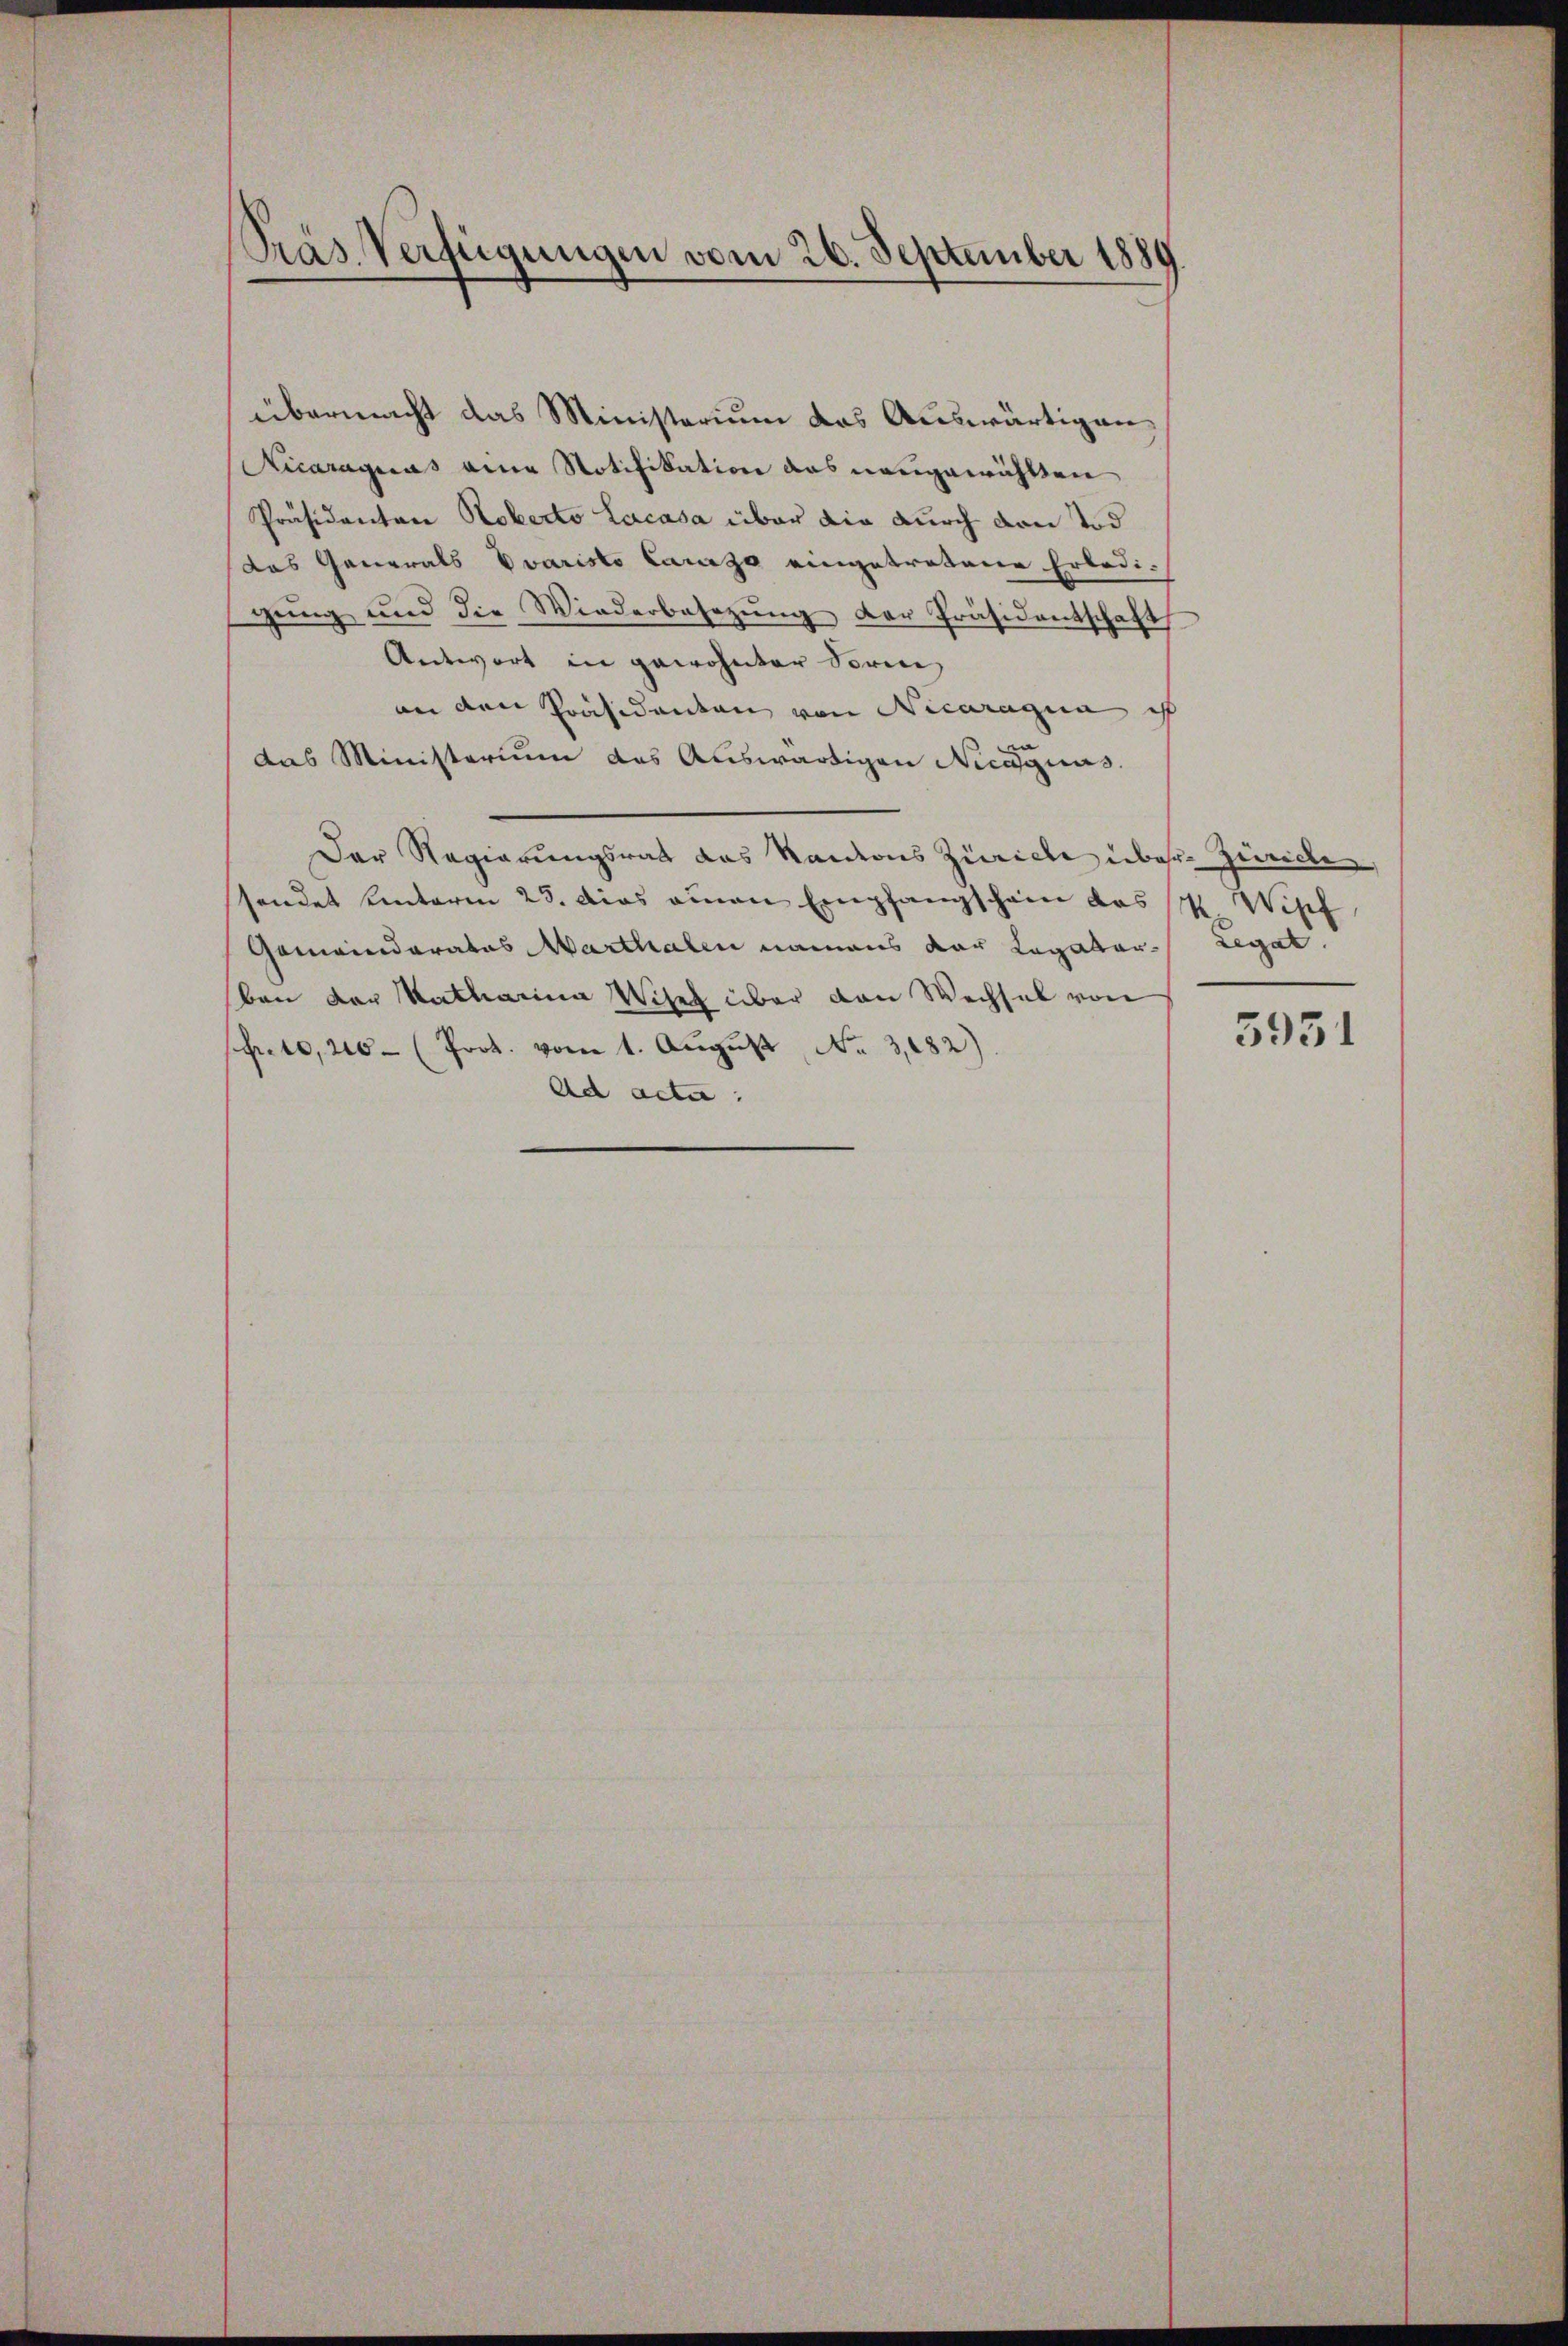
PPräs. Verfügungen vom 26. September 1889

übermacht das Ministerium das Auswärtigen¬
Kicaraguas eine Notifikation das neugewählten
Präsidenten Roberto Lacasa über die durch von Tod
das Generals Evaristo Caruga eingetretene Erledi-
gŭng und die Wiederbesezung der Präsidentschaft
Antwort in gewohnter Vorme
an den Präsidenten von Nicaragua ist
das Ministerium das Auswärtigen Necaguus.
Der Regierungsrat das Kantons Zürich über Zürichen
sendet hinterm 23. das einen Empfangschein das Wipf,
Gemeinderates Marthalen namens der Legator Legat
ben der Katharina Wiseh über den Wechsel von
pr. 10,20 (Prot. vom 1. Aŭgŭst No 3,082).
Ad acta.

5951